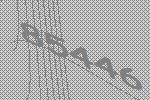
85446